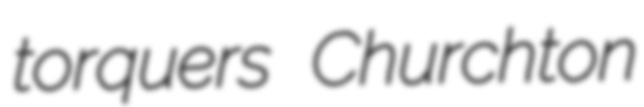
torquers Churchton